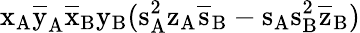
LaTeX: \mathrm{x_{A}\mathrm{\overline{{y}}_{A}\mathrm{\overline{{x}}_{B}\mathrm{y_{B}(\mathrm{s_{A}^{2}\mathrm{z_{A}\mathrm{\overline{{s}}_{B}-\mathrm{s_{A}\mathrm{s_{B}^{2}\mathrm{\overline{{z}}_{B})}}}}}}}}}}